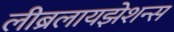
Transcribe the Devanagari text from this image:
लीब्रलायझेशन्स